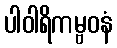
ပါဝါရိကမ္ဗဝနံ